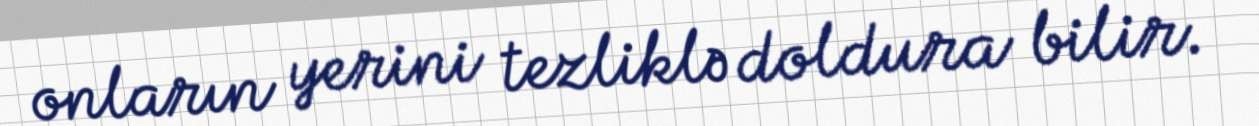
onların yerini tezliklə doldura bilir.